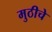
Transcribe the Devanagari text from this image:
मुठीचे